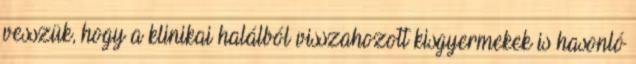
vesszük, hogy a klinikai halálból visszahozott kisgyermekek is hasonló